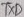
Text: TXD